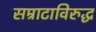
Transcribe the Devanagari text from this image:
सम्राटाविरुद्ध